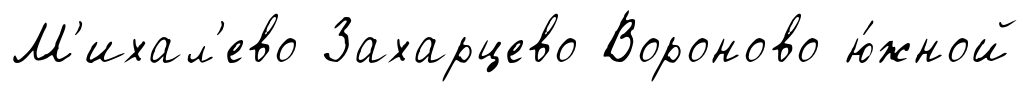
М'ихал'ево Захарцево Вороново ю́жной